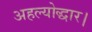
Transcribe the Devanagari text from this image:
अहल्योद्धार।